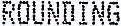
ROUNDING